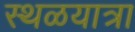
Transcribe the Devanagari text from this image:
स्थळयात्रा